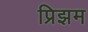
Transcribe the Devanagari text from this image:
प्रिझम